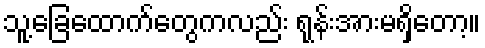
သူ့ခြေထောက်တွေကလည်း ရုန်းအားမရှိတော့။